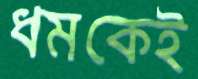
ধমকেই